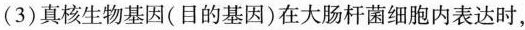
(3)真核生物基因(目的基因)在大肠杆菌细胞内表达时，